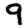
Digit: 9